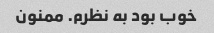
خوب بود به نظرم. ممنون